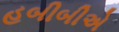
હબીબીએ